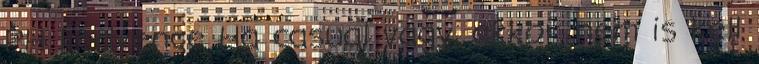
PH kedvence Ha casual vagy, akkor nem is kell